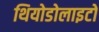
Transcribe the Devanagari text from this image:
थियोडोलाइटों